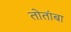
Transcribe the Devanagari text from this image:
तोतांबा